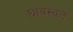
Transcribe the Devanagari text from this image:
घावस्थल